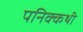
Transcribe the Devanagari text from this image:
पनिक्कथी